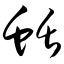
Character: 蛞